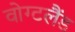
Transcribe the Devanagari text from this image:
वोग्टलैंड